Calcutta medical institutions reports 1871-78
Year: 1871
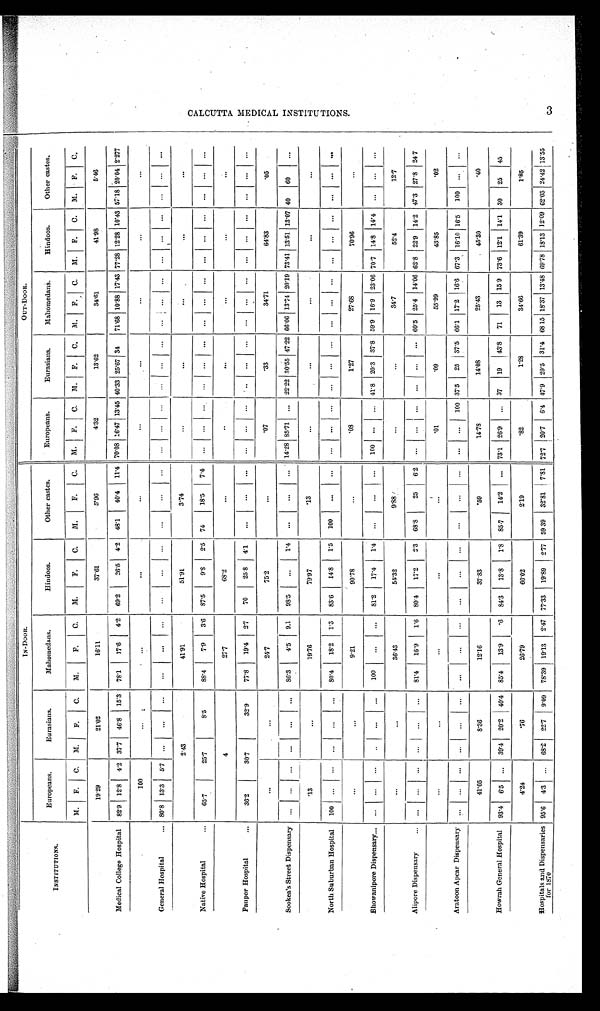
INSTITUTIONS.
IN-DOOR.
OUT-DOOR.
Europeans.
Eurasians.
Mahomedans.
Hindoos.
Other castes.
Europeans.
Eurasians.
Mahomedans.
Hindoos.
Other castes.
M. F. C. M. F. C. M.
F.
C. M.
F. C. M.
F.
C. M. F. C. M. F. C. M. F. C. M. F. C. M. F. C.
1 9 . 2 9
2 1 . 0 2
1 6 . 1 1
3 7 . 6 1
5 . 9 6
4.32
13.62
3 4 . 6 1
4 1 . 9 8
5.46
Medical College Hospital 82.9 12.8 4.2 37.7 46.8 15.3 78.1 17.6
4 . 2
69.2
26.5 4.2 48.1 40. 4
11.4 70.08 16.47 13.45 40.33 25.67 34 71.68 10.88 17.43 77.28 12.28 10.43 57.18 20.04 2.277
1 0 0
...
...
...
. . .
. . .
. . .
...
. . .
...
General Hospital
... 80.8 13.3 5.7 ...
...
...
...
...
...
...
...
...
...
...
. . .
. . .
. . .
... . . .
. . . . . .
. . .
... ...
. . . ...
. . .
. . .
. . . . . .
2 . 4 3
4 1 . 9 1
5 1 . 9 1
3 . 7 4
...
...
...
...
...
Native Hospital
...
65.7
25. 7
8.5
88.4 7. 9
3.6 87.5
9 . 8 2.5 74
1 8 . 5
7 . 4
. . .
. . .
... ...
. . . . . .
. . .
... ...
. . .
...
. . .
...
. . .
. . .
4
2 7 . 7
6 8 . 2
...
. .
...
...
...
...
Pauper Hospital
...
36.2
30. 7
32. 9
77.8 19.4 2.7
70
25 8 4.1 ...
. . .
. . .
. . .
. . .
. . .
. .
. . .
. . .
. . .
. . .
. . .
. . .
. . .
. . .
. . .
. . . . . .
. . .
...
2 4 . 7
7 5 . 2
...
.07
. 3 3 3 4 . 7 1
6 4 . 8 3
. 0 5
Sookea's Street Dispensary ... ... ... ...
...
... 86.3 4. 5 9.1 98.5
...
1.4 ...
...
... 14.28 85.71 ... 22.22 30.55 47.22 66.06 13.74 20.19 73.41 13.51 13.07 40 60
...
. 1 3
...
1 9 . 7 6
7 9 . 9 7
. 1 3
...
...
...
...
...
North Suburban Hospital 100 ... ... ...
...
... 80.4 18.2 1.3 83.6
14.8
1 . 5 100
...
... ... ... ... ... ... ... ... ... ... ... ... ... ... ... ...
...
...
9 . 2 1
9 0 . 7 8
...
.08
1 . 2 7 2 7 . 6 8
7 0 . 9 6
...
Bhowanipore Dispensary
...
... ... ...
..
...
...
100
...
... 81.2
17.4 1.4 ...
... ...
100 ... ... 41.8 20.3 37.8 59.9 16.9 23.06 70.7 14.8 14.4 ... ... ...
...
...
3 6 . 4 3
5 4 . 3 2
9 . 8 8
...
...
3 4 . 7
5 2 . 4
12.7
Alipore Dispensary
... ... ... ... ...
...
... 81.4 16.9
1 . 6 80.4
17.2 2.3 68.8
25
6 . 2 ... ... ... ... ... ... 60.5 25.4 14.06 62.8 22.9 14.2 47.3 27.8 24.7
...
...
...
...
...
.01
. 0 9 5 5 . 9 9
4 3 . 8 5
. 0 2
Aratoon Apcar Dispensary ... ... ... ...
...
...
...
...
...
...
. . .
. . .
... . . .
...
. . .
. . . 100 37. 5
25 37. 5 66.1 17.2 16.6 67.3 16.10 16.5 100 ... ...
41.05
8 . 3 6
1 2 . 1 6
3 7 . 8 3
.59
1 4 . 7 8
1 4 . 0 8
2 5 . 4 3
4 5 . 3 0
. 4 0
Howrah General Hospital 93.4 6.5 ... 39.4 20.2 40.4 85.4 13.9
.6
8 4 . 3 13. 8
1.8 85.7 14. 2
... 73. 1 26. 9
... 37 19 43. 8
71 13 15.9 73.6 12.1 14.1 30 25 45
4.24
.76
2 6 . 7 9
6 6 . 0 2
2 . 1 9
.82
1.28
3 4 . 6 6
6 1 . 3 9
1 . 8 5
Hospitals and Dispensaries
for 1870
95.6 4.3 ... 68.2 22.7 9.09 78.39 19.13 2.47 77.33 19.89 2.77 59.39 32. 81
7.81 72.7 20. 7
6.4 47. 9 20. 5 31.4 68.15 18.37 13.48 69.78 18.13 12.09 62.03 24.42 13.55
C A L C U T T A M E D I C A L I N S T I T U T I O N S .
3